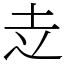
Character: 赱